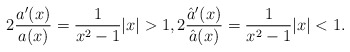
\begin{align*}2 \frac{a'(x)}{a(x)}=\frac{1}{x^2-1} |x|>1, 2\frac{\hat{a}'(x)}{\hat{a}(x)}=\frac{1}{x^2-1} |x|<1 .\end{align*}